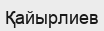
Қайырлиев